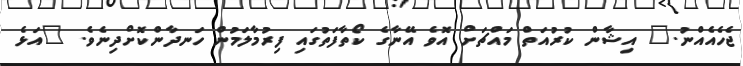
ޖެހެއެއްނު." އިޝާން ކުރުއަތް މައްޗަށް އޮވެ އޭނާގެ ކޯތާފަތުގައި ފިރުމާލަމުން ހަނދާންކޮށްދިނެވެ. "އަޅެ